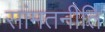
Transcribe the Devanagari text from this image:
सांमतनीति